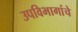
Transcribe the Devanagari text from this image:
उपविभागांचे